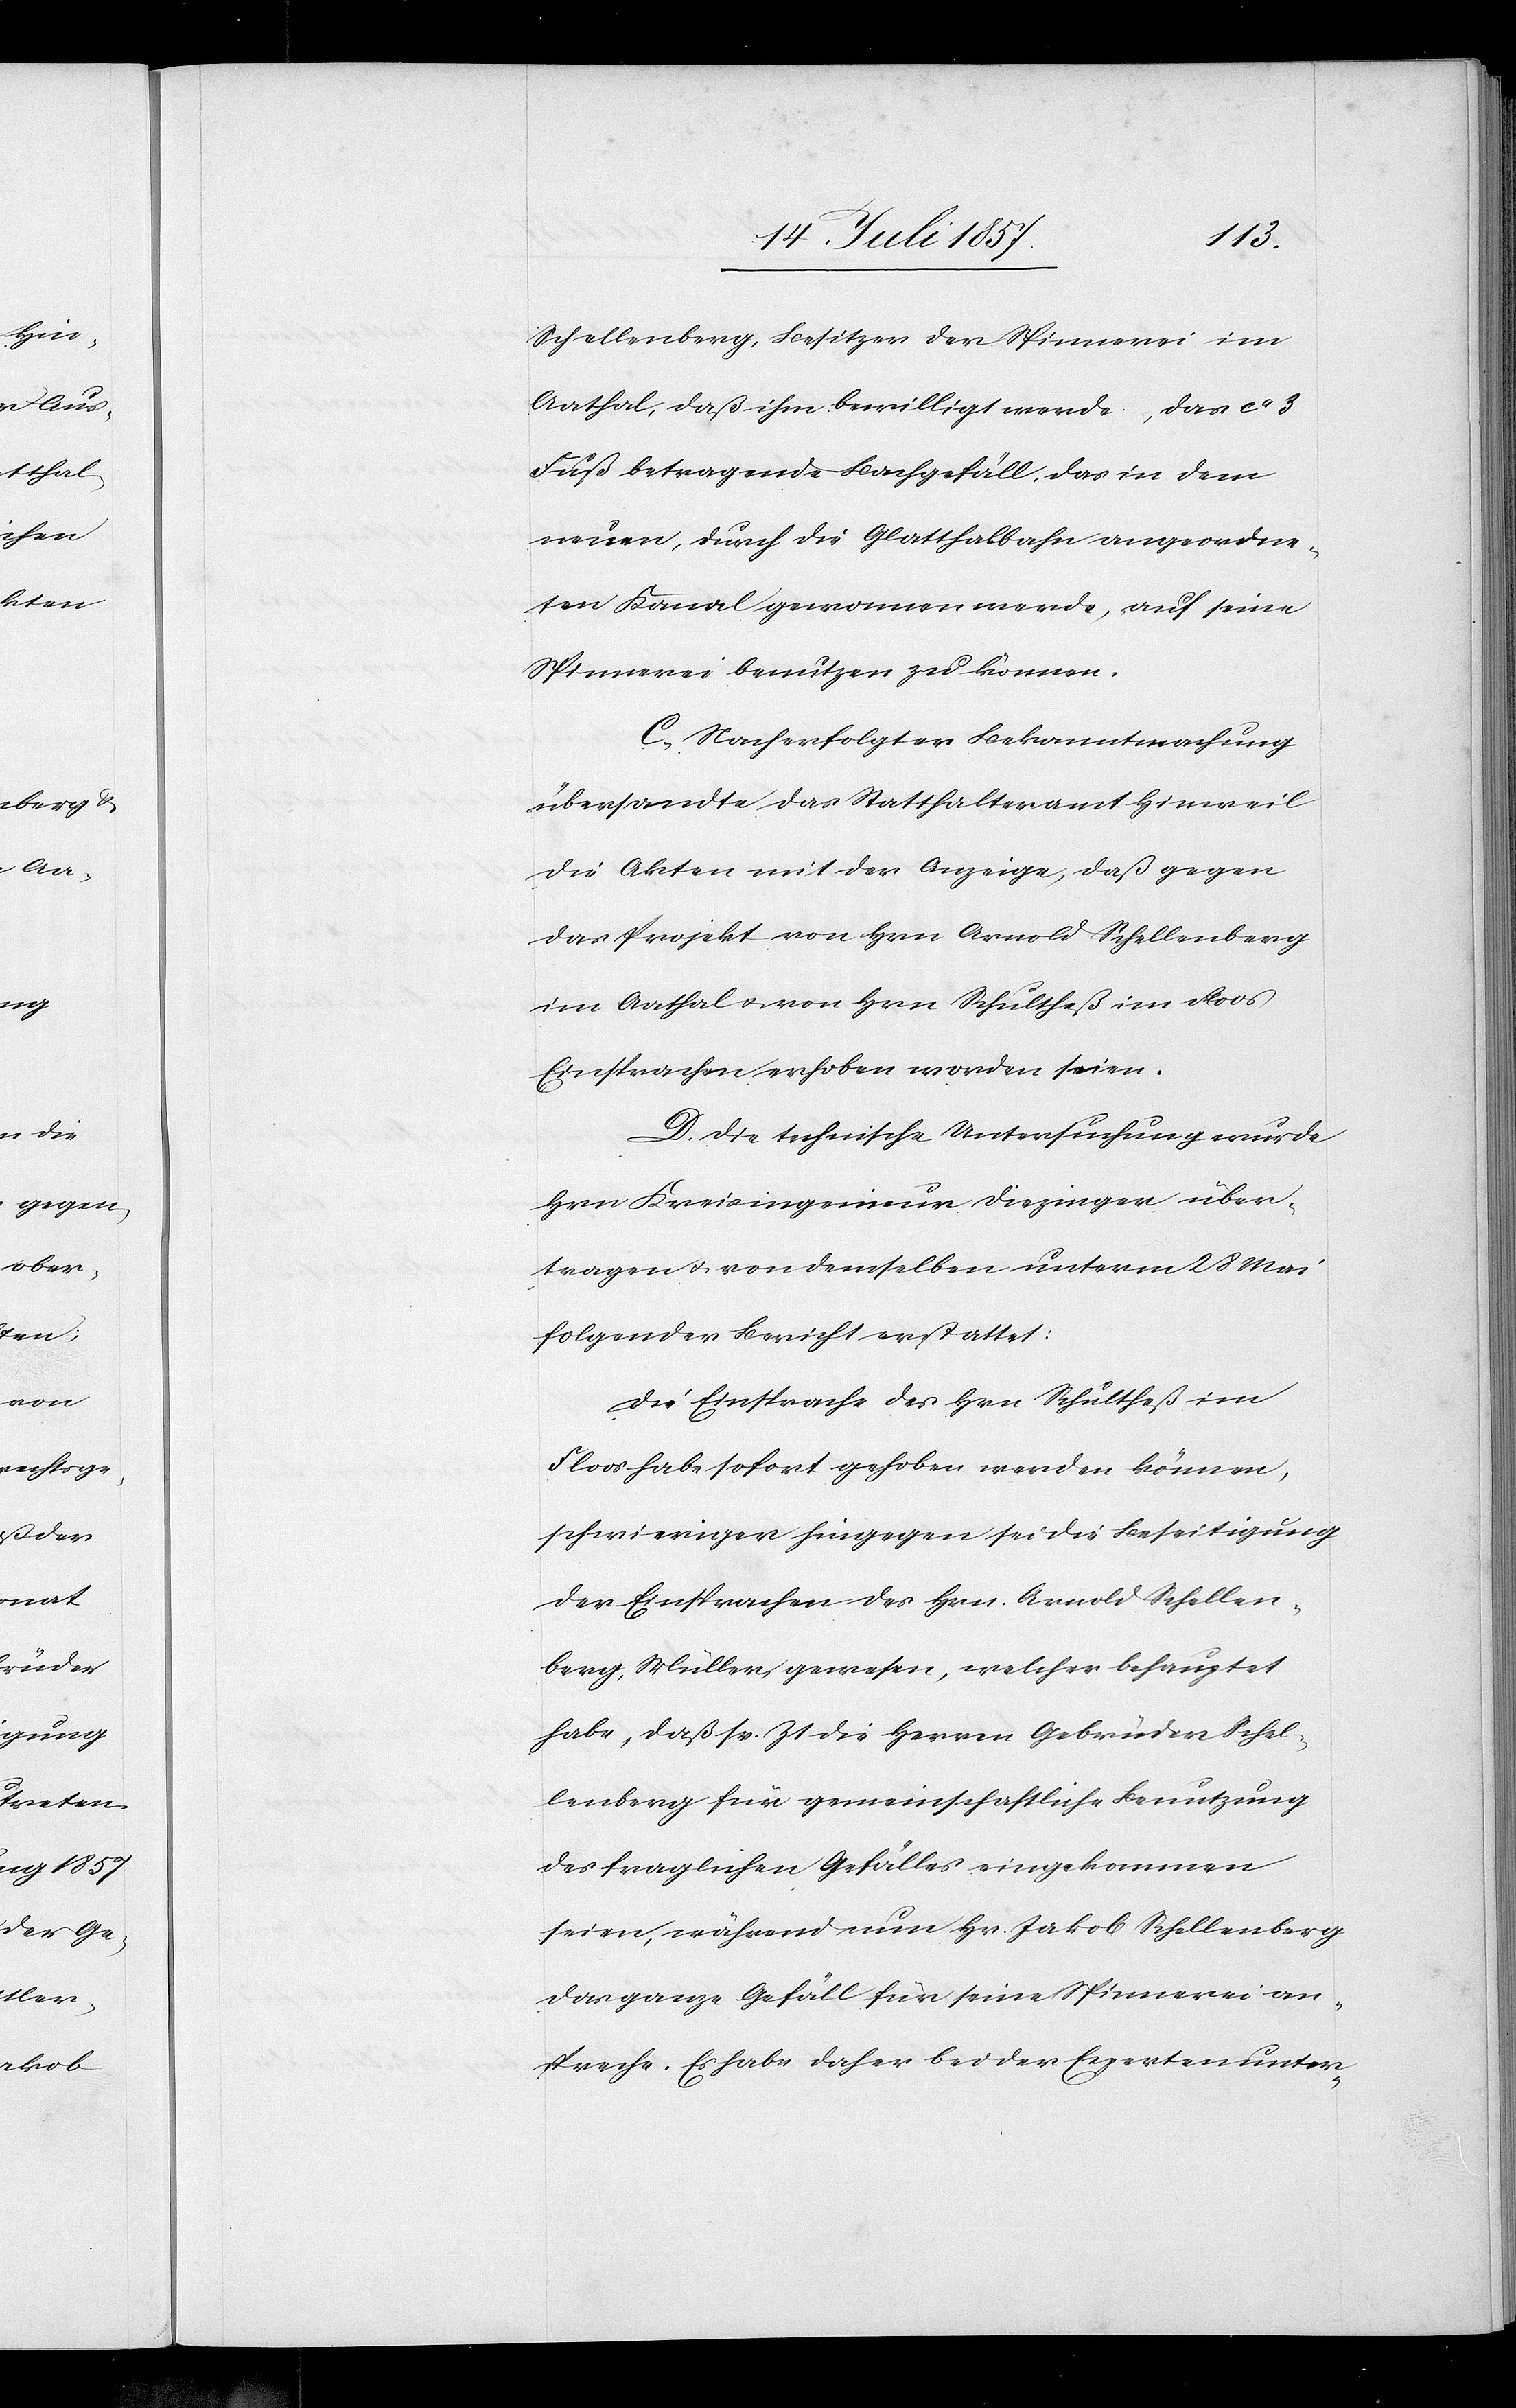
Schellenberg, Besitzer der Spinnerei im
Aathal, daß ihm bewilligt werde, das ca 3
Fuß betragende Bachgefälle, das in dem
neuen, durch die Glatthalbahn angeordne¬
ten Kanal genommen werde, auf seine
Spinnerei benutzen zu können.
C. Nach erfolgter Bekanntmachung
übersandte das Statthalteramt Hinweil
die Akten mit der Anzeige, daß gegen
das Projekt von Hrn. Arnold Schellenberg
im Aathal & von Hrn. Schultheß im Floos
Einsprachen erhoben worden seien.
D. Die technische Untersuchung wurde
Hrn. Kreisingenieur Diezinger über¬
tragen & von demselben unterm 28 Mai
folgender Bericht erstattet:
Die Einsprache des Hrn. Schultheß im
Floos habe sofort gehoben werden können,
schwieriger hingegen sei die Beseitigung
der Einsprachen des Hrn. Arnold Schellen¬
berg, Müller, gewesen, welcher behauptet
habe, daß sr. Zt. die Herren Gebrüder Schel¬
lenberg für gemeinschaftliche Benutzung
des fraglichen Gefälles eingekommen
seien, während nun Hr. Jakob Schellenberg
das ganze Gefäll für seine Spinnerei an¬
spreche. Es habe daher bei der Expertenunter-